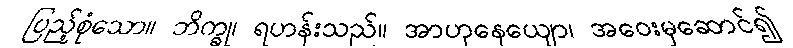
ပြည့်စုံသော။ ဘိက္ခု၊ ရဟန်းသည်။ အာဟုနေယျော၊ အဝေးမှဆောင်၍